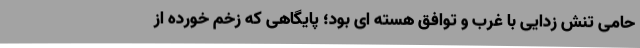
حامی تنش زدایی با غرب و توافق هسته ای بود؛ پایگاهی که زخم خورده از